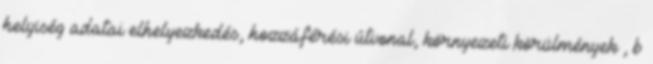
helyiség adatai elhelyezkedés, hozzáférési útvonal, környezeti körülmények , b